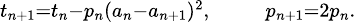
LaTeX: \scriptstyle t_{n+1}=t_{n}-p_{n}(a_{n}-a_{n+1})^{2},\quad\quad p_{n+1}=2p_{n}.